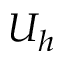
U _ { h }